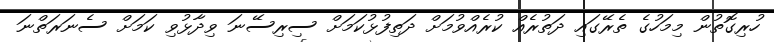
ހުރިގޮތުން މިމަހުގެ ތެރޭގައި ދަތުރެއް ކުރެއްވުމަށް ދަތިފުޅުކަމަށް ސިރިސޭނަ ވިދާޅުވި ކަމަށް ސެނަރަތްނަ